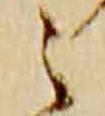
之